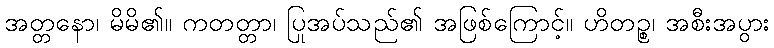
အတ္တနော၊ မိမိ၏။ ကတတ္တာ၊ ပြုအပ်သည်၏ အဖြစ်ကြောင့်။ ဟိတဉ္စ၊ အစီးအပွား